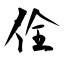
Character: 佺